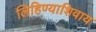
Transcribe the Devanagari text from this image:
लिहिण्याशिवाय